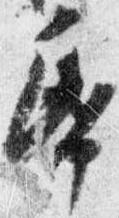
帋